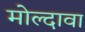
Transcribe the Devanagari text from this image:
मोल्दावा